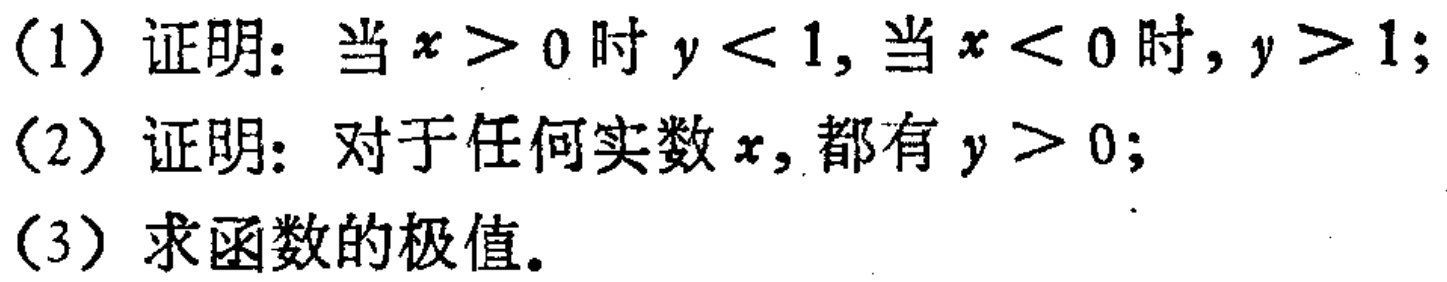
(1) 证明: 当 \(x > 0\) 时 \(y < 1\), 当 \(x < 0\) 时, \(y > 1\);

(2) 证明: 对于任何实数 \(x\), 都有 \(y > 0\);

(3) 求函数的极值。